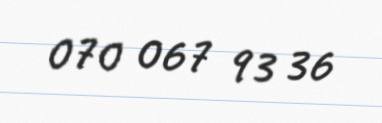
070 067 93 36